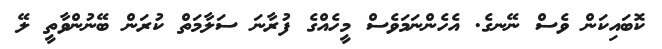
ކޮބައިކަން ވެސް ނޭނގެ. އެހެންނަމަވެސް މީހެއްގެ ފުރާނަ ސަލާމަތް ކުރަން ބޭނުންވާތީ ލޭ